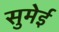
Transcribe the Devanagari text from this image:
सुमेई